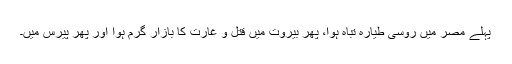
پہلے مصر میں روسی طیارہ تباہ ہوا، پھر بیروت میں قتل و غارت کا بازار گرم ہوا اور پھر پیرس میں۔